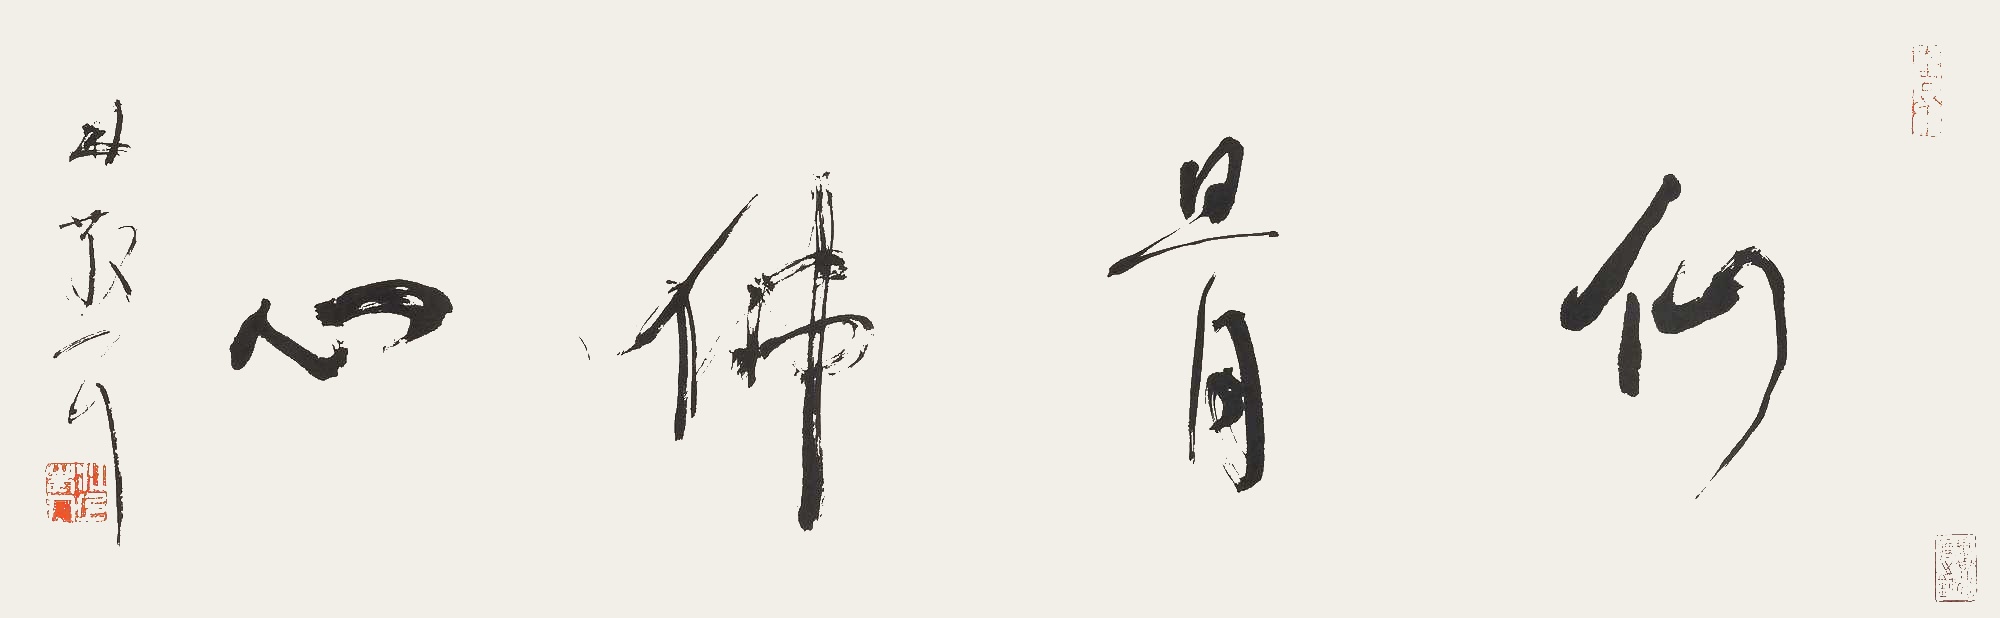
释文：仙骨佛心林散耳。